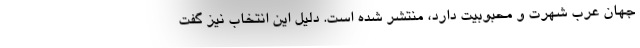
جهان عرب شهرت و محبوبیت دارد، منتشر شده است. دلیل این انتخاب نیز گفت